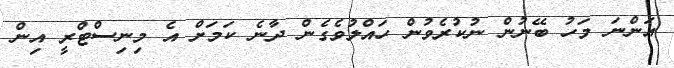
އަންނަ މަހު ބޭނުން ނުކުރެވުން ހައްލުވެގެން ދާނެ ކަމަށް އެ މިނިސްޓްރީ އިން